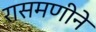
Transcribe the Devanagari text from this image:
रासमणीने